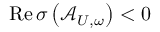
\mathrm { R e } \, \sigma \left( \mathcal { A } _ { U , \omega } \right) < 0